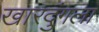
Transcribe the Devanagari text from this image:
खारदुंगला